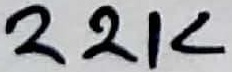
Text: 22K